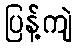
ပြန့်ကျဲ